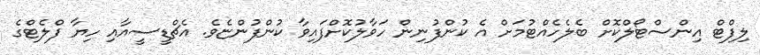
ލިފްޓް އިންސްޓޯލްކޮށް ބެލެހެއްޓުމަށް އެ ކުންފުނިން ހަވާލުކޮށްފައިވާ ކުންފުންޏެވެ. އެޗްޑީސީއާއި ހިޔާ ފްލެޓްގެ